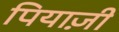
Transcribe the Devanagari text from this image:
पियाज़ी